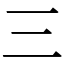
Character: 三